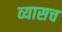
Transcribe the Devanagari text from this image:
व्यासच